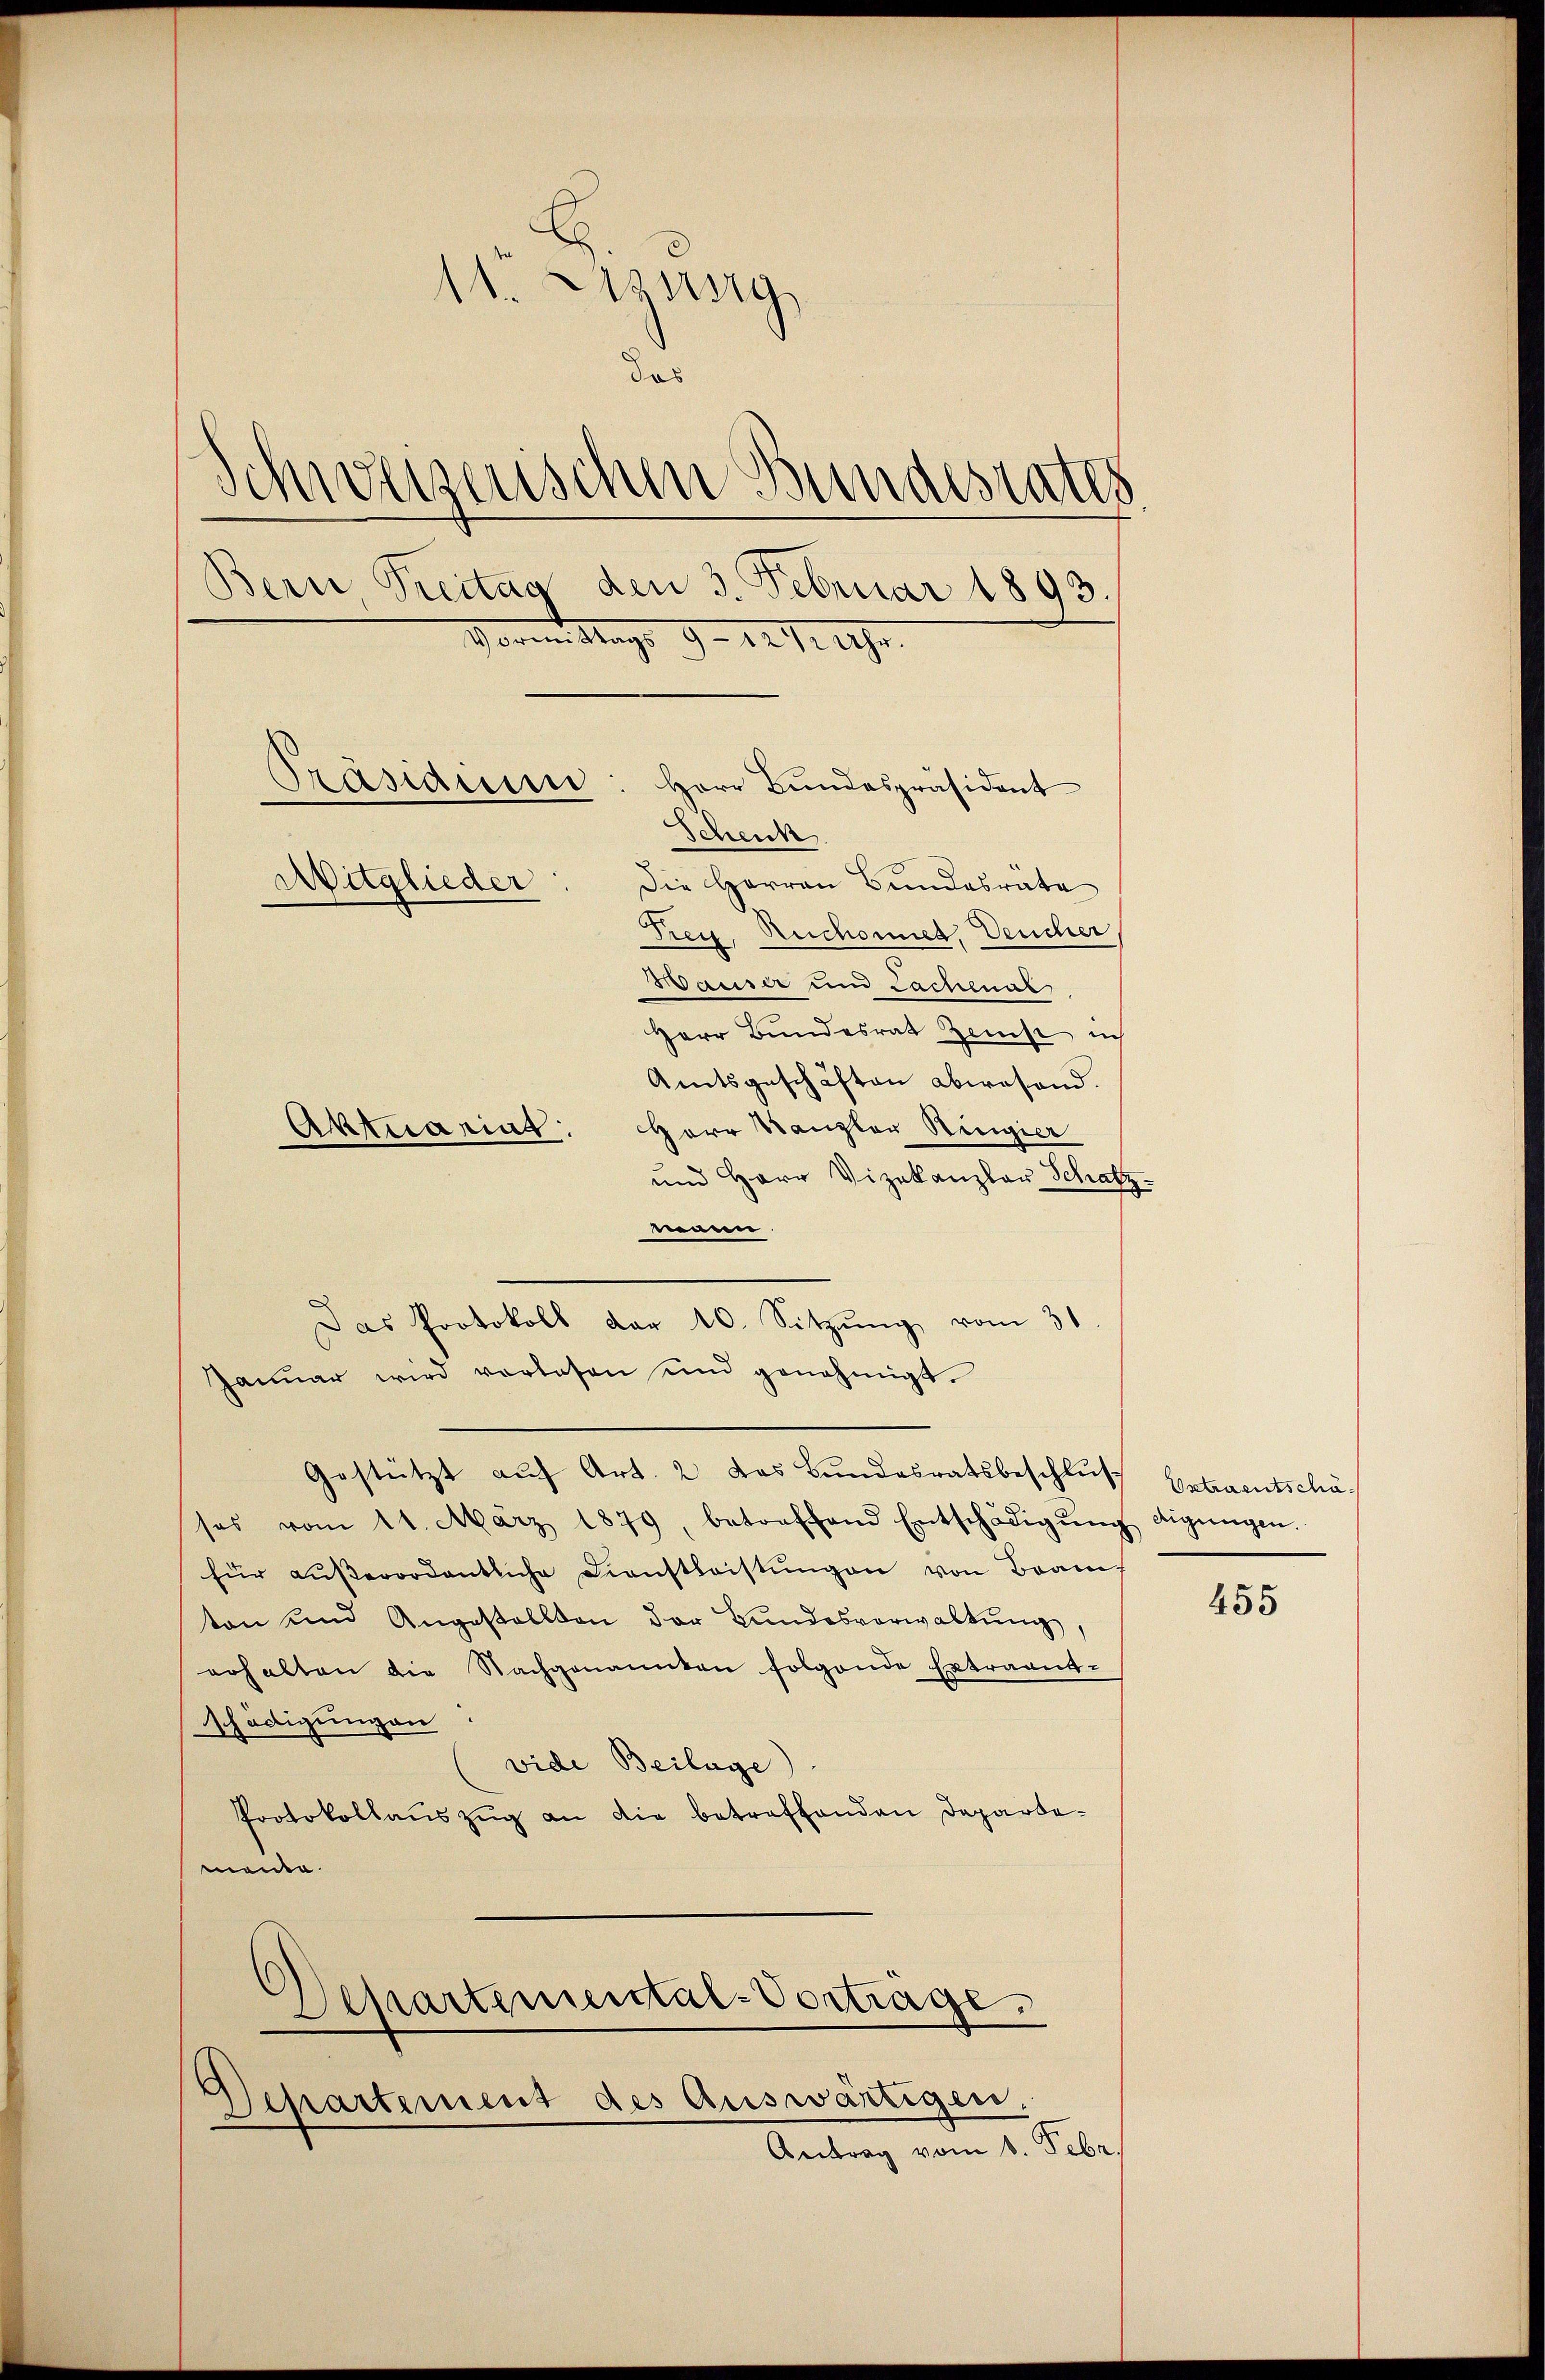
11 Essig
das
Schweizerischen Bundesrates
Bern Preitag den 3. Februar 1893.
Vorem Mags 9 - 12. 11 Uhr.
Präsidium: Herr Bŭndespräsident
Schenk
Mitglieder
Die Herren Bundesrate
Trey, Ruchores, Deucher
Mauser und Lachenal
Herr Bundesrat Zeise ich

Amtsgeschäften abwesend.
Aktuariat: Herr Kanzler Ringier
und Herr Vizekanzler Schatz
nann
Janŭar wird vorlesen und genehmigt.
Gestützt aŭf Art. 2 das Bundesratsbeschluß betraentschäsos vom 11. März 1879, betreffend Entschädigŭng digŭngen.
für aŭβerordentliche Dienstleistŭngen von Bran
ton und Angestellten der Bŭndesverwaltŭng,
erhalten die Nachgenannten folgende Extraant-
schädigungen
vide Beilage
Protokollaŭszŭg an die betreffenden Departemanne

Das Protokoll dar 10. Sitzŭng vom 31

Departemental-Vorträge.
Departement des Auswärtigen.

Antrag vom 8. Febr.

455